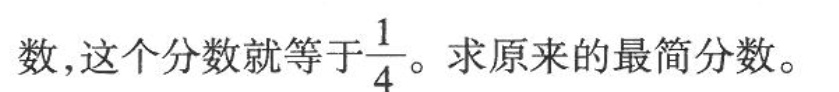
数，这个分数就等于\frac{1}{4} 。求原来的最简分数